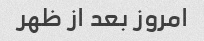
امروز بعد از ظهر